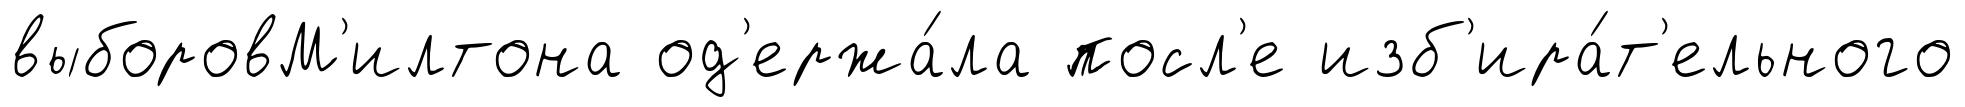
выборовМ'илтона од'ержа́ла посл'е изб'ира́т'ельного